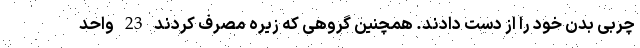
چربی بدن خود را از دست دادند. همچنین گروهی که زیره مصرف کردند 23 واحد